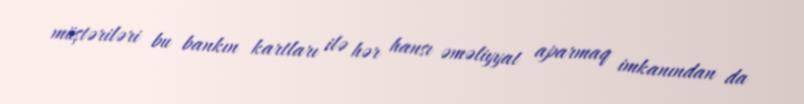
müştəriləri bu bankın kartları ilə hər hansı əməliyyat aparmaq imkanından da